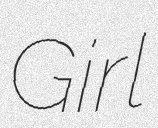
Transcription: Girl